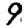
Digit: 9